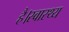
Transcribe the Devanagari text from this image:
है।स्वास्थ्य